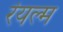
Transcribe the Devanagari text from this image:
रॆयल्म